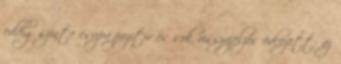
eddig szinte csupa pozitív és sok visszajelzés érkezett: az